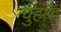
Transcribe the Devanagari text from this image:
चुहाड़